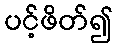
ပင့်ဖိတ်၍